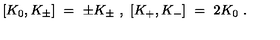
[ K _ { 0 } , K _ { \pm } ] \ = \ \pm K _ { \pm } \ , \ [ K _ { + } , K _ { - } ] \ = \ 2 K _ { 0 } \ .